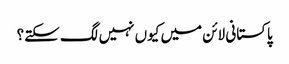
پاکستانی لائن میں کیوں نہیں لگ سکتے؟